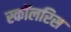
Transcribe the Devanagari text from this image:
स्कॉलरिस